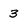
Character: 3